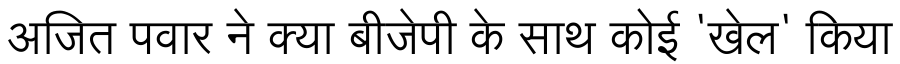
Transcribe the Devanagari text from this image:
अजित पवार ने क्या बीजेपी के साथ कोई 'खेल' किया